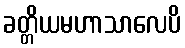
ခတ္တိယမဟာသာလေပိ